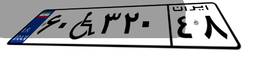
۶۰W۳۲۰۴۸